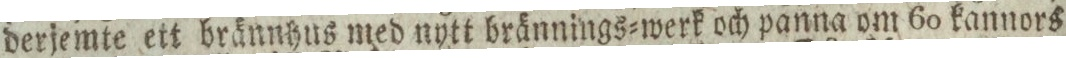
derjemte ett brännhus med nytt brännings=werk och panna om 60 kannors